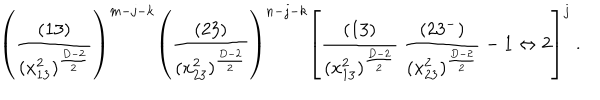
\left( \frac { ( 1 3 ) } { ( x _ { 1 3 } ^ { 2 } ) ^ { \frac { D - 2 } { 2 } } } \right) ^ { m - j - k } \left( \frac { ( 2 3 ) } { ( x _ { 2 3 } ^ { 2 } ) ^ { \frac { D - 2 } { 2 } } } \right) ^ { n - j - k } \left[ \frac { ( 1 3 ) } { ( x _ { 1 3 } ^ { 2 } ) ^ { \frac { D - 2 } { 2 } } } \ \frac { ( 2 3 ^ { - } ) } { ( x _ { 2 3 } ^ { 2 } ) ^ { \frac { D - 2 } { 2 } } } - 1 \leftrightarrow 2 \right] ^ { j } \ .